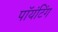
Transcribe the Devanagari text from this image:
पॉयंटिंग